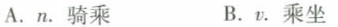
A.n.骑乘 B. v. 乘坐